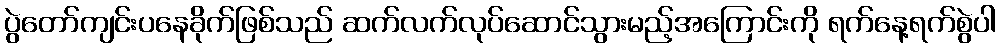
ပွဲတော်ကျင်းပနေခိုက်ဖြစ်သည် ဆက်လက်လုပ်ဆောင်သွားမည့်အကြောင်းကို ရက်နေ့ရက်စွဲပါ